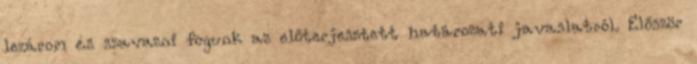
lezárom és szavazni fogunk az előterjesztett határozati javaslatról. Először